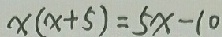
x ( x + 5 ) = 5 x - 1 0